Papers set at the Examination for Leaving Certificates, 1895
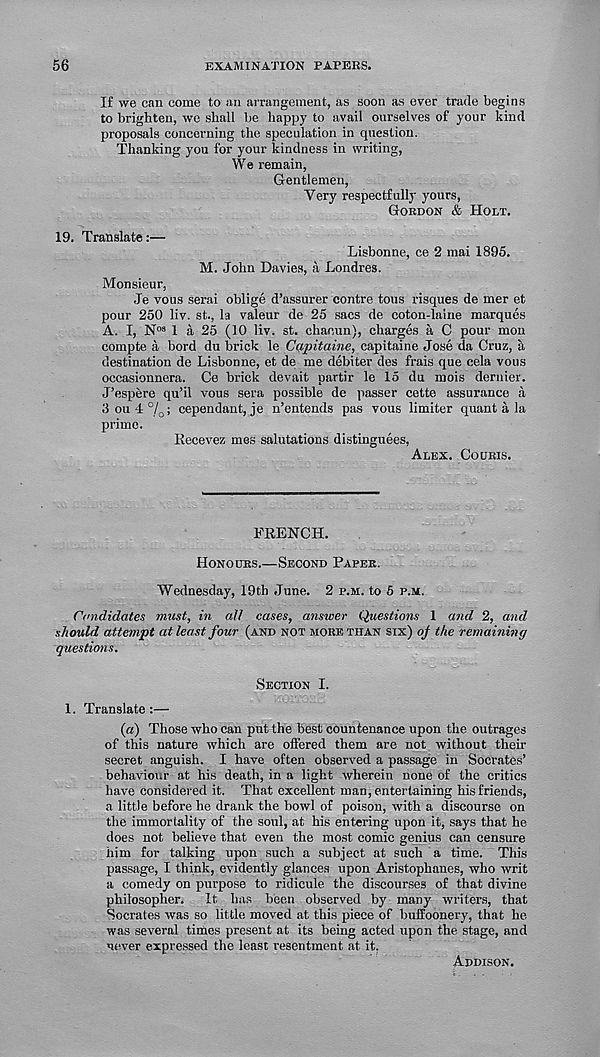
56
EXAMINATION PAPERS.
If we can come to an arrangement, as soon as ever trade begins
to brighten, we shall be happy to avail ourselves of your kind
proposals concerning the speculation in question.
Thanking you for your kindness in writing,
We remain,
Gentlemen,
Very respectfully yours,
Gordon & Holt.
19. Translate:—
Lisbonne, ce 2 mai 1895.
M. John Davies, a Londres.
Monsieur,
Je vous serai oblige d’assurer contre tons risques de mer et
pour 250 liv. st., la valeur de 25 sacs de coton-laine marques
A. I, N os 1 a 25 (10 liv. st. chaoun), charges a C pour mon
compte a bord du brick le Capitaine, capitaine Jose da Cruz, a
destination de Lisbonne, et de me debiter des frais que cela vous
occasionnera. Ce brick devait partir le 15 du mois dernier.
J’espere qu’il vous sera possible de passer cette assurance a
3 ou 4 %; cependant, je n’entends pas vous limiter quant a la
prime.
Kecevez mes salutations distinguees,
Alex. Cocjris.
FRENCH.
Honours.—Second Paper.
Wednesday, 19th June. 2 p.m. to 5 p.m.
Candidates must, in all cases, answer Questions 1 and 2, and
should attempt at least four (and not more than six) q/ the remaining
questions.
Section I.
1. Translate :—
(a) Those who can put the best countenance upon the outrages
of this nature which are offered them are not without their
secret anguish. I have often observed a passage in Socrates’
behaviour at his death, in a light wherein none of the critics
have considered it. That excellent man, entertaining his friends,
a little before he drank the bowl of poison, with a discourse on
the immortality of the soul, at his entering upon it, says that he
does not believe that even the most comic genius can censure
him for talking upon such a subject at such a time. This
passage, I think, evidently glances upon Aristophanes, who writ
a comedy on purpose to ridicule the discourses of that divine
philosopher. It has been observed by many writers, that
Socrates was so little moved at this piece of buffoonery, that he
was several times present at its being acted upon the stage, and
never expressed the least resentment at it.
Addison.